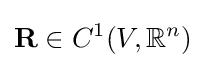
\mathbf {R} \in C^{1}(V,\mathbb {R} ^{n})